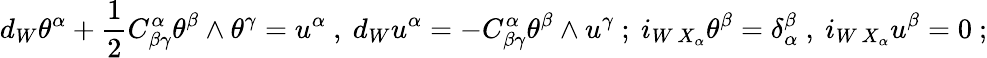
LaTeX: d_{W}\theta^{\alpha}+{\frac{1}{2}}C_{\beta\gamma}^{\alpha}\theta^{\beta}\wedge\theta^{\gamma}=u^{\alpha}\ ,\ {}d_{W}u^{\alpha}=-C_{\beta\gamma}^{\alpha}\theta^{\beta}\wedge u^{\gamma}\ ;\ {}i_{W\, X_{\alpha}}\theta^{\beta}=\delta_{\alpha}^{\beta}\ ,\ {}i_{W\, X_{\alpha}}u^{\beta}=0\ ;